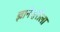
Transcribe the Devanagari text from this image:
ज्ञानेश्वरीला